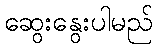
ဆွေးနွေးပါမည်